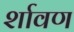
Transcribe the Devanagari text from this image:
र्शावण